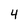
Character: 4